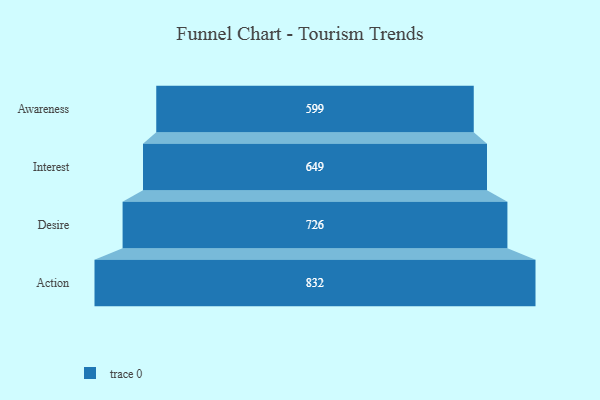
{"axis": {"x": "Stage", "y": "Value"}, "legend": [""], "data": [{"x": "Awareness", "y": 599.0, "type": ""}, {"x": "Interest", "y": 649.0, "type": ""}, {"x": "Desire", "y": 726.0, "type": ""}, {"x": "Action", "y": 832.0, "type": ""}]}